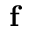
{ \bf f }